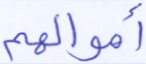
أموالهم